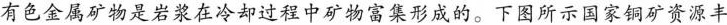
有色金属矿物是岩浆在冷却过程中矿物富集形成的。下图所示国家铜矿资源丰